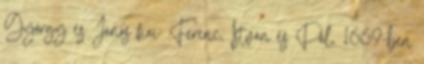
György és János fiai: Ferenc, István és Pál. 1669-ben